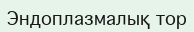
Эндоплазмалық тор